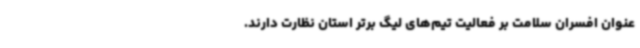
عنوان افسران سلامت بر فعالیت‌ تیم‌های لیگ برتر استان نظارت دارند.